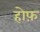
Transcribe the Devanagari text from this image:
होफ़